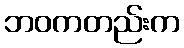
ဘဝကတည်းက